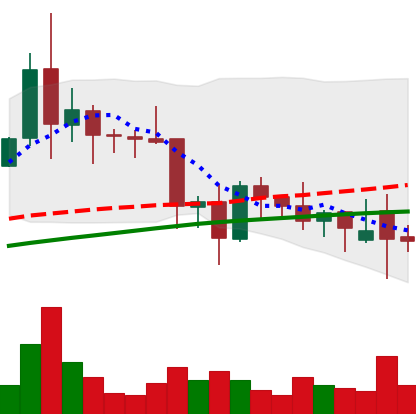
Ticker: XLM-USD
Chart end date: 2021-11-27
Forward return: 3.595%
Label: up_3_5